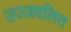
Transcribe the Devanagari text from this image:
उज्जवलित